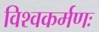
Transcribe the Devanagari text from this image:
विश्वकर्मणः